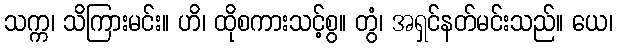
သက္က၊ သိကြားမင်း။ ဟိ၊ ထိုစကားသင့်စွ။ တွံ၊ အရှင်နတ်မင်းသည်။ ယေ၊